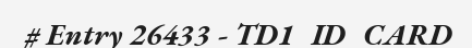
# Entry 26433 - TD1_ID_CARD